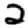
Digit: 2